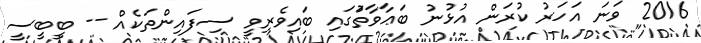
2016 ވަނަ އަހަރު ކުރަން އުޅުނު ބަޢާވާތުަގައި ބައިވެރިވީ ސިފައިންތަކެއް -- ބީބީސީ